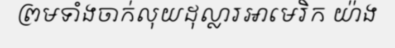
ព្រមទាំងចាក់លុយដុល្លារអាមេរិក យ៉ាង